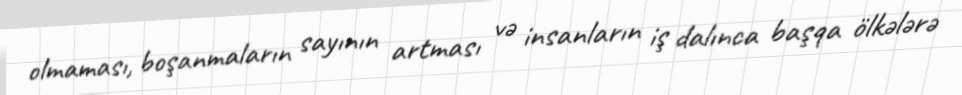
olmaması, boşanmaların sayının artması və insanların iş dalınca başqa ölkələrə